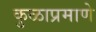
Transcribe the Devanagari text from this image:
कुळाप्रमाणे